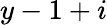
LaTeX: y-1+i